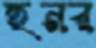
হনর